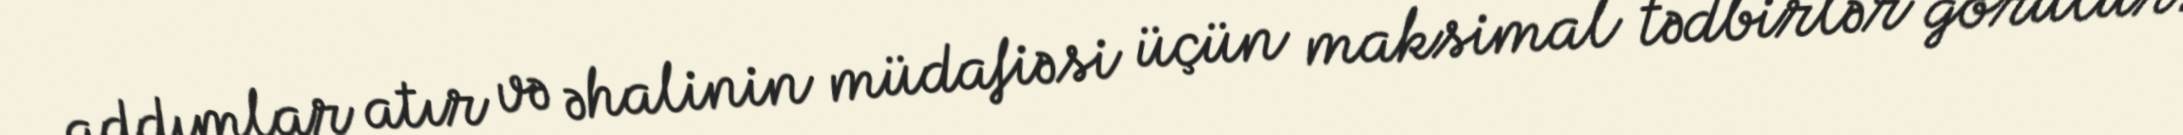
addımlar atır və əhalinin müdafiəsi üçün maksimal tədbirlər görülür.